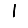
Digit: 1